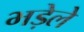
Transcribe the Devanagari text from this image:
भड़ेले